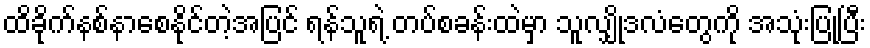
ထိခိုက်နစ်နာစေနိုင်တဲ့အပြင် ရန်သူရဲ့ တပ်စခန်းထဲမှာ သူလျှိုဒလံတွေကို အသုံးပြုပြီး